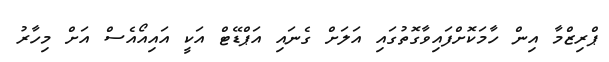
ޕްރިޒްމާ އިން ހާމަކޮށްފައިވާގޮތުގައި އަލަށް ގެނައި އަޕްޑޭޓް އަކީ އައިއޯއެސް އަށް މިހާރު